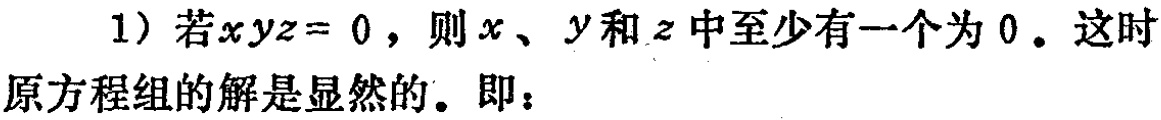
1) 若\(xyz = 0\)，则\(x\)、\(y\)和\(z\)中至少有一个为\(0\)。这时原方程组的解是显然的。即：